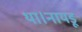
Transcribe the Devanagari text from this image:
था।नायडू